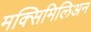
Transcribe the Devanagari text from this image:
मक्सिमिलिअन